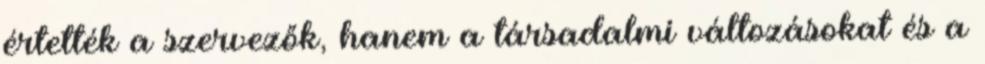
értették a szervezők, hanem a társadalmi változásokat és a